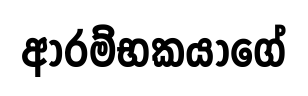
ආරම්භකයාගේ